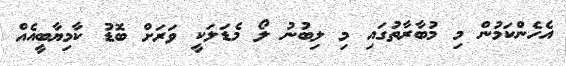
އެހެންކަމުން މި މުބާރާތުގައި މި ލިބުނު ލޯ މެޑަލަކީ ވަރަށް ބޮޑު ކާމިޔާބީއެއް